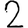
Digit: 2